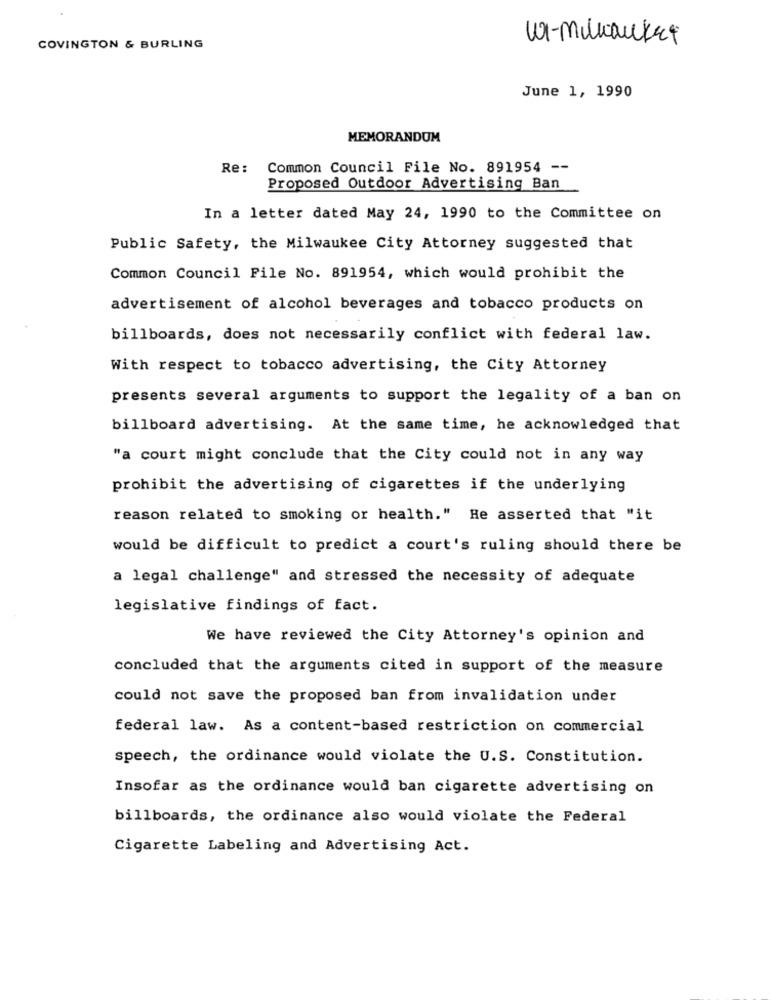
w1-millauket
COVINGTON & BURLING
June 1, 1990
MEMORANDUM
Re:
Common Council File No. 891954 --
Proposed Outdoor Advertising Ban
In a letter dated May 24, 1990 to the Committee on
Public Safety, the Milwaukee City Attorney suggested that
Common Council File No. 891954, which would prohibit the
advertisement of alcohol beverages and tobacco products on
billboards, does not necessarily conflict with federal law.
With respect to tobacco advertising, the City Attorney
presents several arguments to support the legality of a ban on
billboard advertising. At the same time, he acknowledged that
"a court might conclude that the City could not in any way
prohibit the advertising of cigarettes if the underlying
reason related to smoking or health." He asserted that "it
would be difficult to predict a court's ruling should there be
a legal challenge" and stressed the necessity of adequate
legislative findings of fact.
We have reviewed the City Attorney's opinion and
concluded that the arguments cited in support of the measure
could not save the proposed ban from invalidation under
federal law. As a content-based restriction on commercial
speech, the ordinance would violate the U.S. Constitution.
Insofar as the ordinance would ban cigarette advertising on
billboards, the ordinance also would violate the Federal
Cigarette Labeling and Advertising Act.